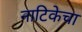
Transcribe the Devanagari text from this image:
नाटिकेचा